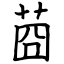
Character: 莔